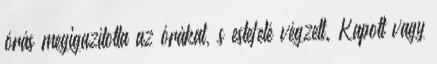
órás megigazította az órákat, s estefelé végzett. Kapott vagy